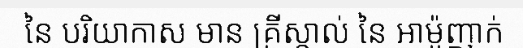
នៃ បរិយាកាស មាន គ្រីស្តាល់ នៃ អាម៉ូញាក់